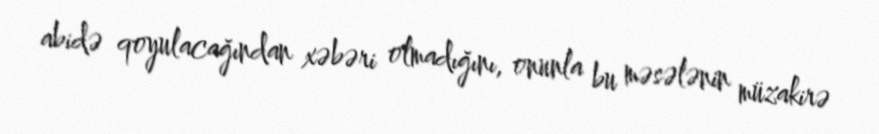
abidə qoyulacağından xəbəri olmadığını, onunla bu məsələnin müzakirə